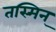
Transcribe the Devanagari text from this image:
तस्मिन्‌